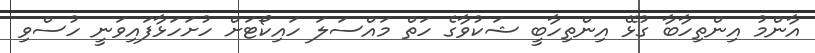
އާންމު އިންތިހާބާ ގުޅޭ އިންތިހާބީ ޝަކުވާގެ ހަތް މައްސަލަ ހައިކޯޓަށް ހުށަހަޅާފައިވަނީ ހުސްވި